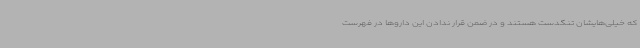
که خیلی‌هایشان تنگدست هستند و در ضمن قرار ندادن این داروها در فهرست